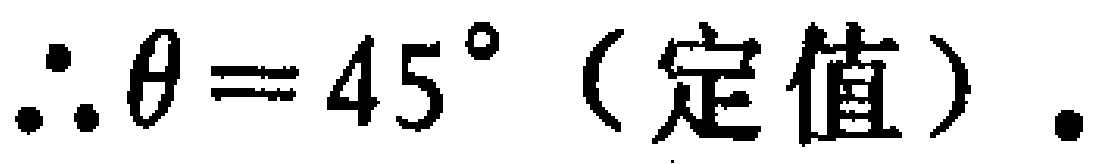
\(\therefore \theta = 45^{\circ}\)（定值）.